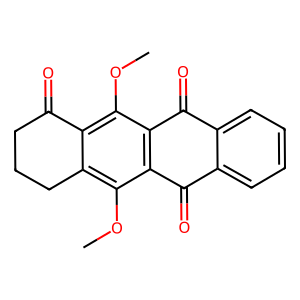
SMILES: COc1c2c(c(OC)c3c1C(=O)c1ccccc1C3=O)C(=O)CCC2
Inhibits HIV replication: No